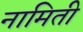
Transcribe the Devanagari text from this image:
नामिती